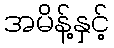
အမိန့်နှင့်